Riigikantselei, lk 331
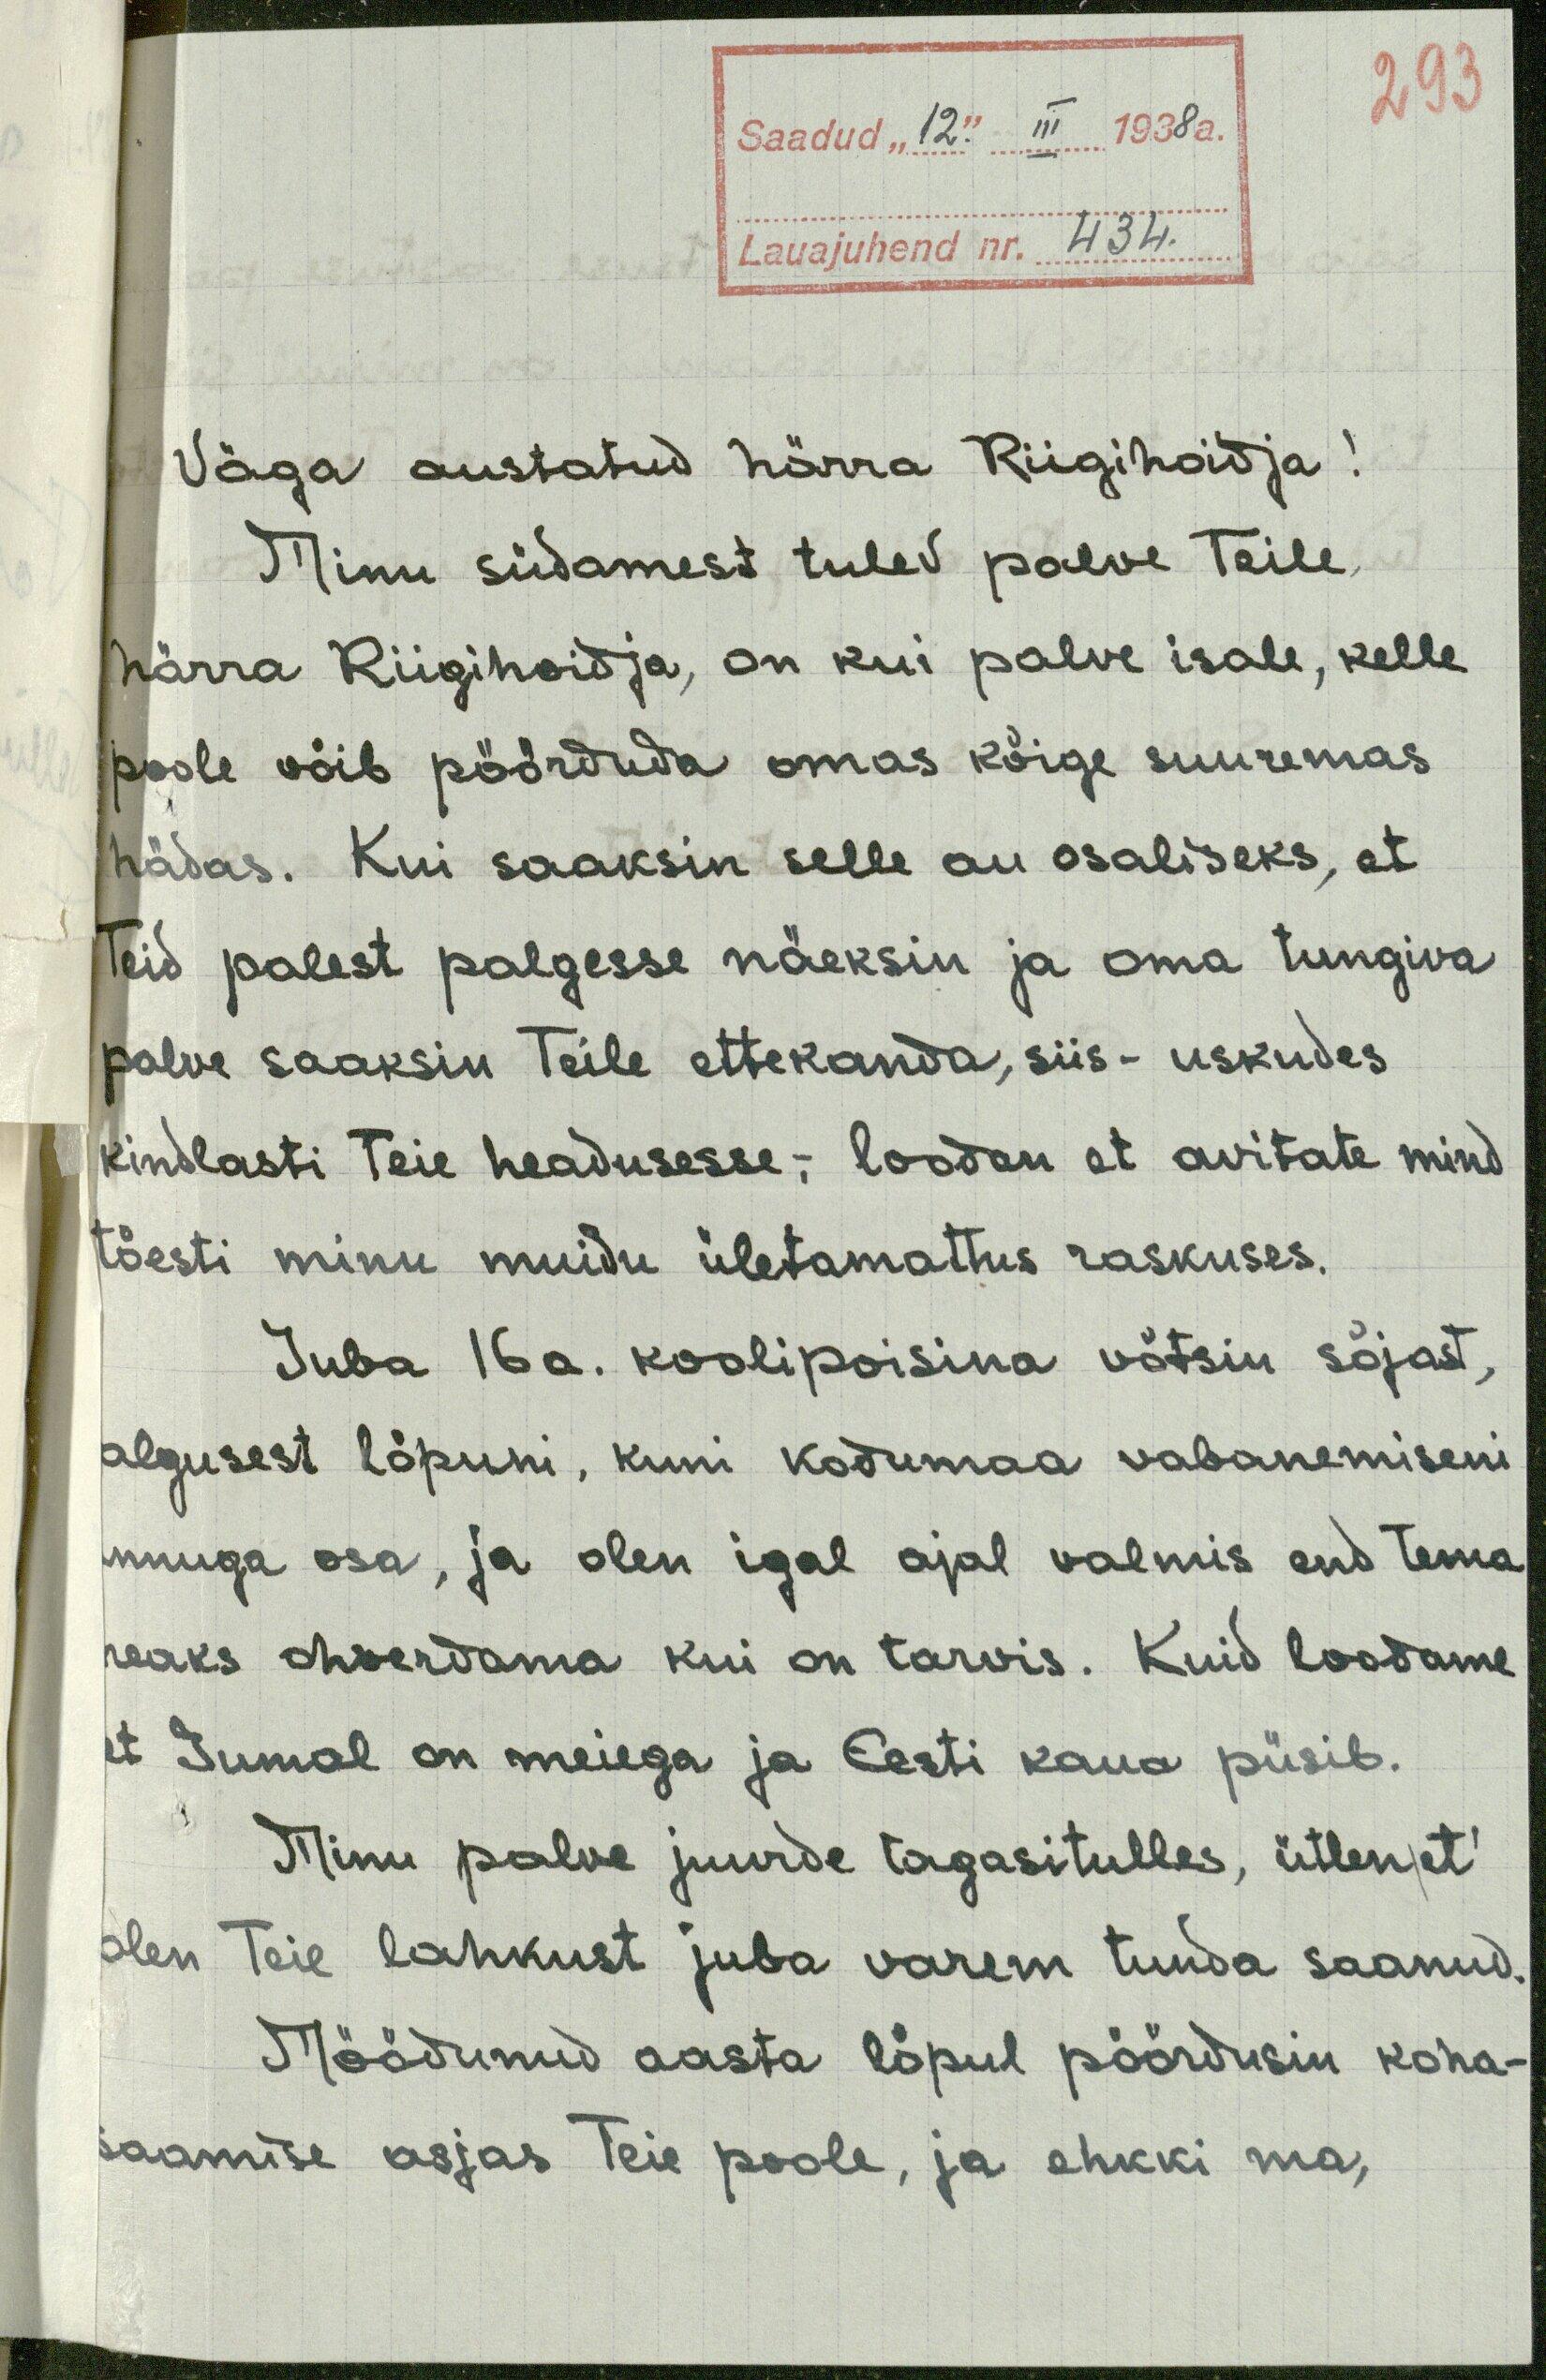
293
Saadud "12." III 1938 a.
Lauajuhend nr. 434.
Väga austatud härra Riigihoidja!
Minu südamest tulev palve Teile,
härra Riigihoidja, on kui palve isale, kelle
poole võib pöörduda omas kõige suuremas
hädas. Kui saaksin selle au osaliseks, et
Teid palest palgesse näeksin ja oma tungiva
palve saaksin Teile ettekanda, siis - uskudes
kindlasti Teie headusesse,- loodan et avitate mind
tõesti minu muidu ületamattus raskuses.
Juba 16 a. koolipoisina võtsin sõjast,
algusest lõpuni, kuni kodumaa vabanemiseni
innuga osa, ja olen igal ajal valmis end tema
heaks ohverdama kui on tarvis. Kuid loodame
et Jumal on meiega ja Eesti kaua püsib.
Minu palve juurde tagasitulles, ütlenet
olen Teie lahkust juba varem tunda saanud.
Möödunud aasta lõpul pöördusin koha-
saamise asjas Teie poole, ja ehkki ma,